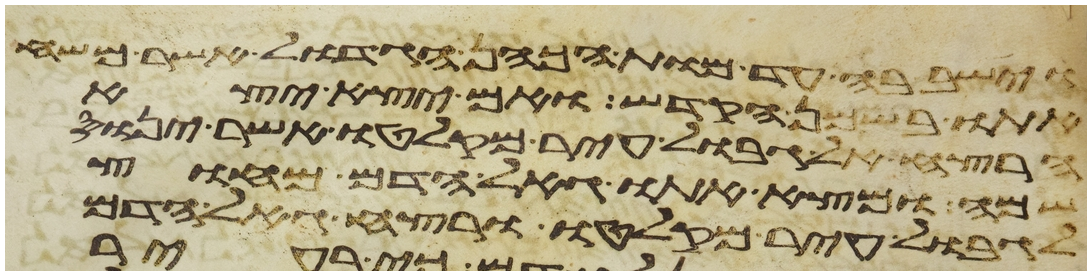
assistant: וישב בה עד מות הכהן הגדול אשר משח
אתו בשמן הקדש ואם יצא יצא
הרצח את גבול עיר מקלטו אשר ינוס
שמה ומצא אתו גאל הדם מחוץ
לגבול עיר מקלטו ורצח גאל הדם